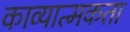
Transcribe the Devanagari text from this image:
काव्‍यात्‍मकता